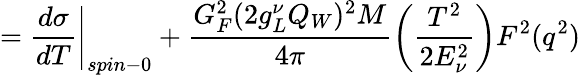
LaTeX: =\left.\frac{d\sigma}{dT}\right\vert_{spin-0}+\frac{G_{F}^{2}(2g_{L}^{\nu}Q_{W})^{2}M}{4\pi}\left(\frac{T^{2}}{2E_{\nu}^{2}}\right)F^{2}(q^{2})